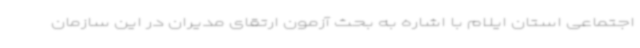
اجتماعی استان ایلام با اشاره به بحث آزمون ارتقای مدیران در این سازمان